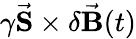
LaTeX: \gamma\vec{\mathbf{S}}\times\delta\vec{\mathbf{B}}(t)